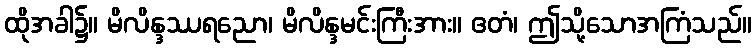
ထိုအခါ၌။ မိလိန္ဒဿရညော၊ မိလိန္ဒမင်းကြီးအား။ ဧတံ၊ ဤသို့သောအကြံသည်။